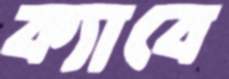
ক্যাবে